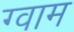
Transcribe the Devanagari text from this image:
ग्वाम